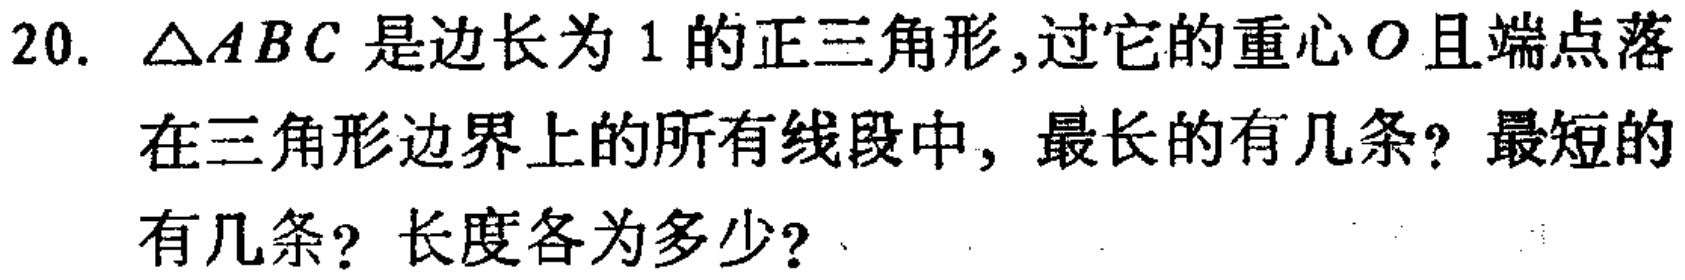
20. $\triangle ABC$ 是边长为 1 的正三角形,过它的重心$O$且端点落在三角形边界上的所有线段中, 最长的有几条? 最短的有几条? 长度各为多少?